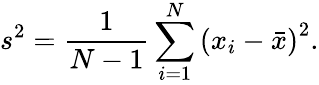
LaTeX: s^{2}={\frac{1}{N-1}}\sum_{i=1}^{N}\left(x_{i}-{\bar{x}}\right)^{2}.